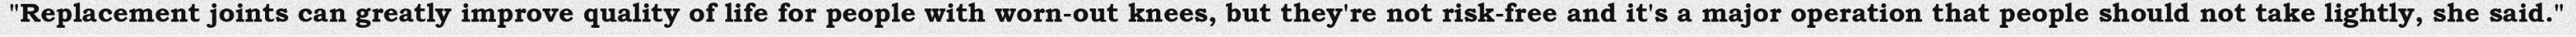
"Replacement joints can greatly improve quality of life for people with worn-out knees, but they're not risk-free and it's a major operation that people should not take lightly, she said."